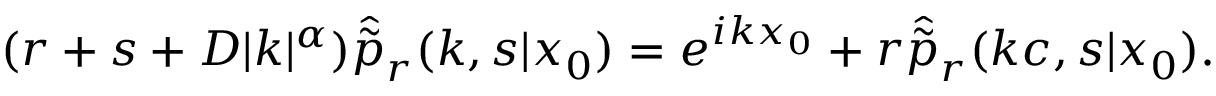
( r + s + D | k | ^ { \alpha } ) \hat { \tilde { p } } _ { r } ( k , s | x _ { 0 } ) = e ^ { i k x _ { 0 } } + r \hat { \tilde { p } } _ { r } ( k c , s | x _ { 0 } ) .